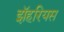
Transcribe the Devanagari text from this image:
झॅहरियस